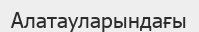
Алатауларындағы